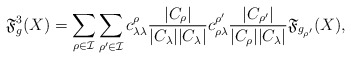
\begin{align*}\mathfrak{F}^3_g(X)=\sum_{\rho\in \mathcal{I}}\sum_{\rho'\in \mathcal{I}}c_{\lambda\lambda}^\rho\frac{|C_\rho|}{|C_\lambda||C_\lambda|}c_{\rho\lambda}^{\rho'}\frac{|C_{\rho'}|}{|C_\rho||C_\lambda|}\mathfrak{F}_{g_{\rho'}}(X),\end{align*}